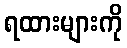
ရထားများကို